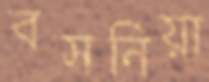
বসনিয়া